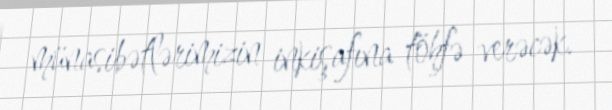
münasibətlərimizin inkişafına töhfə verəcək.